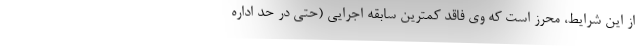
از این شرایط، محرز است که وی فاقد کمترین سابقه اجرایی (حتی در حد اداره